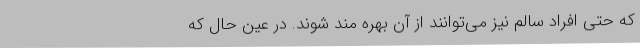
که حتی افراد سالم نیز می‌توانند از آن بهره مند شوند. در عین حال که